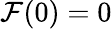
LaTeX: \mathcal{F}(0)=0